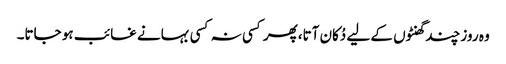
وہ روز چند گھنٹوں کے لیے دُکان آتا،پھر کسی نہ کسی بہانے غائب ہو جاتا۔